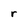
Character: r